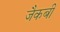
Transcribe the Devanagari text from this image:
जैकबी